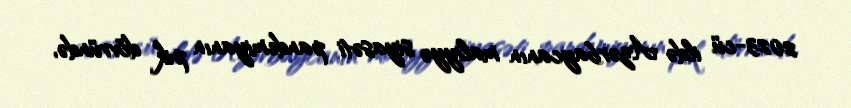
2023-cü ildə Azərbaycanın maliyyə siyasəti pandemiyanın pik dövründə,